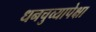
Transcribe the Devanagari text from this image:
धनचुव्यापेक्षा